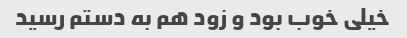
خیلی خوب بود و زود هم به دستم رسید